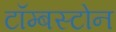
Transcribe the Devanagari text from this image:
टॉम्बस्टोन